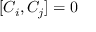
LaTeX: [ C _ { i } , C _ { j } ] = 0